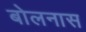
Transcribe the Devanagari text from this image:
बोलनास